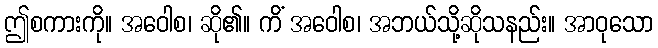
ဤစကားကို။ အဝေါစ၊ ဆို၏။ ကိံ အဝေါစ၊ အဘယ်သို့ဆိုသနည်း။ အာဝုသော